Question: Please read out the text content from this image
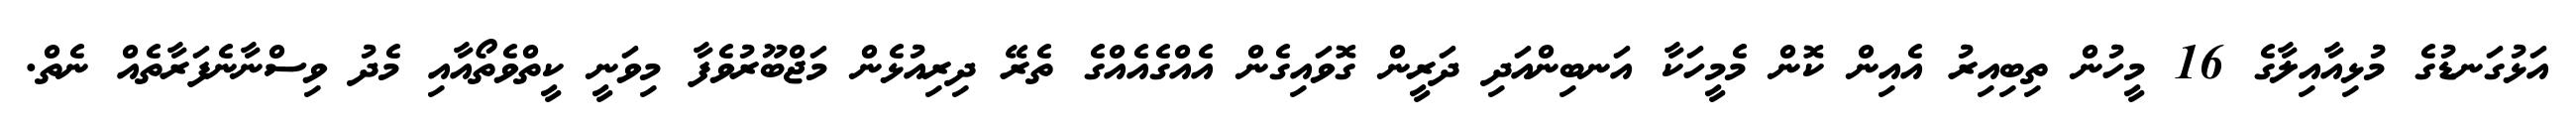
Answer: އަޅުގަނޑުގެ މުޅިއާއިލާގެ 16 މީހުން ތިބިއިރު އެއިން ކޮން މެމީހަކާ އަނބިންއަދި ދަރީން ގޮވައިގެން އެއްގެއެއްގެ ތެރޭ ދިރިއުޅެން މަޖްބޫރުވެފާ މިވަނީ ކީތްވެތޯއާއި މެދު ވިސްނާނެފަރާތެއް ނެތް.